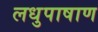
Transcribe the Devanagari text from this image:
लधुपाषाण